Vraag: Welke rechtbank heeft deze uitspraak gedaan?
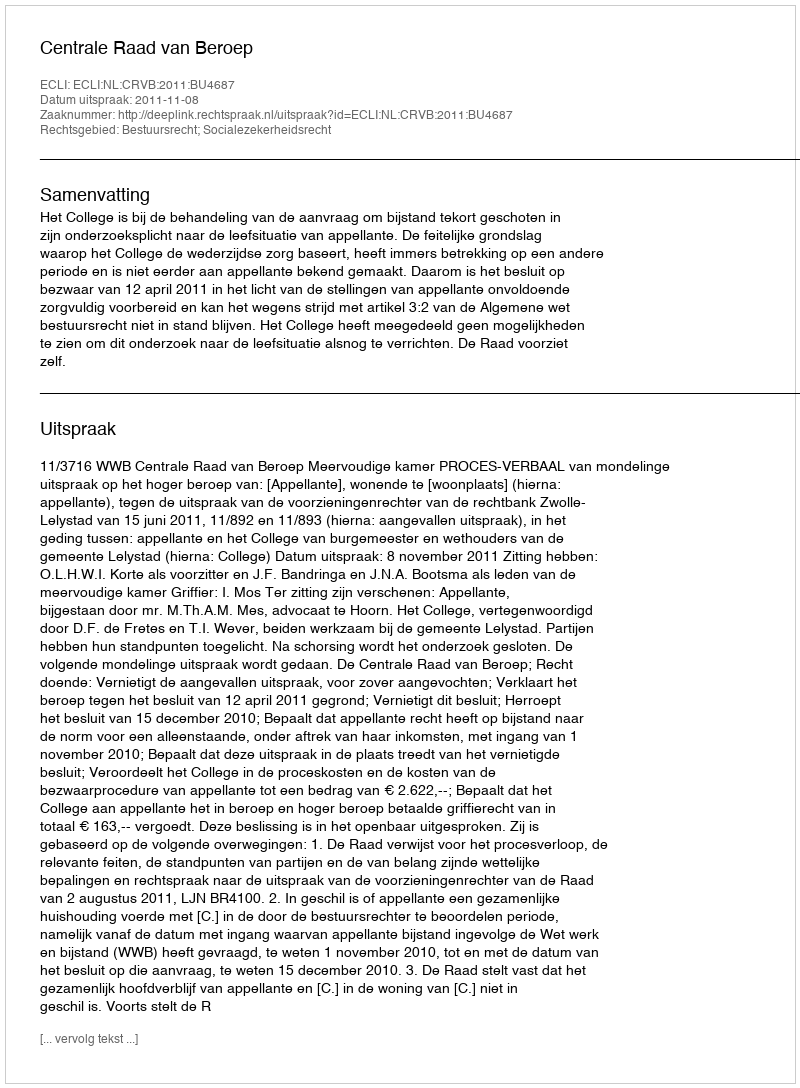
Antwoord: Centrale Raad van Beroep